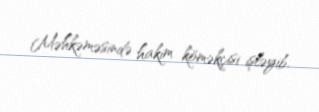
Məhkəməsində hakim köməkçisi işləyib.